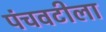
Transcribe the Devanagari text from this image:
पंचवटीला